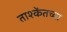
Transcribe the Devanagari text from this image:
ताश्केंतच्या